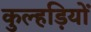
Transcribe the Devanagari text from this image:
कुल्हड़ियों